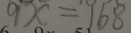
9 x = 1 6 8